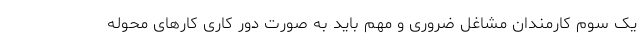
یک سوم کارمندان مشاغل ضروری و مهم باید به صورت دور کاری کارهای محوله